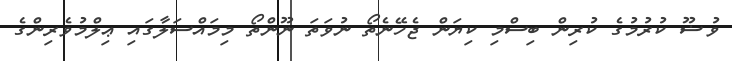
ވުޟޫ ކުރުމުގެ ކުރިން ބިސްމި ކިޔަން ޖެހޭނެތޯ ނުވަތަ ނޫންތޯ މިމައްސަލާގައި ޢިލްމުވެރިންގެ